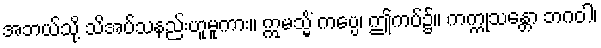
အဘယ်သို့ သိအပ်သနည်းဟူမူကား။ ဣမသ္မိံ ကပ္ပေ၊ ဤကပ်၌။ ကက္ကုသန္တော ဘဂဝါ၊